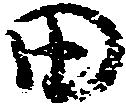
田